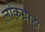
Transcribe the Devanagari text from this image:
लोकग्राह्य